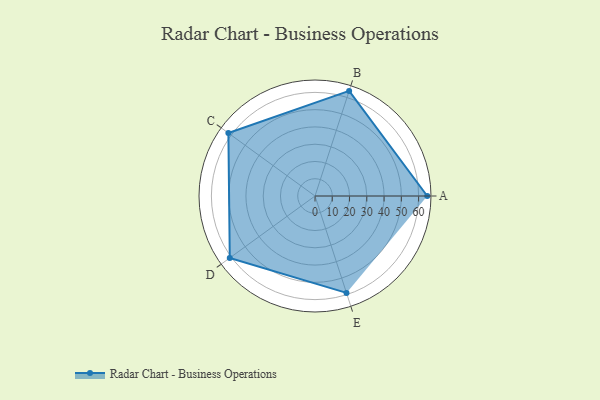
{"axis": {"x": "Skill", "y": "Score"}, "legend": ["Profile"], "data": [{"x": "A", "y": 65.0, "type": "Profile"}, {"x": "B", "y": 64.0, "type": "Profile"}, {"x": "C", "y": 62.0, "type": "Profile"}, {"x": "D", "y": 61.0, "type": "Profile"}, {"x": "E", "y": 59.0, "type": "Profile"}]}